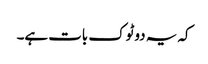
کہ یہ دوٹوک بات ہے۔